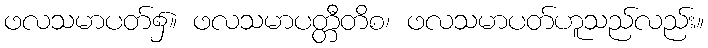
ဖလသမာပတ်၌။ ဖလသမာပတ္တီတိစ၊ ဖလသမာပတ်ဟူသည်လည်း။